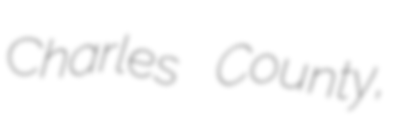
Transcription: Charles County,